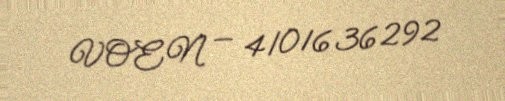
VOEN — 4101636292